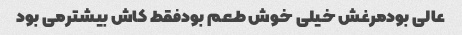
عالی بودمرغش خیلی خوش طعم بودفقط کاش بیشترمی بود